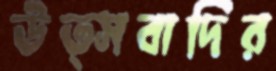
উত্সবাদির